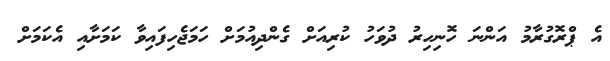
އެ ޕްރޮގުރާމު އަންނަ ހޮނިހިރު ދުވަހު ކުރިއަށް ގެންދިއުމަށް ހަމަޖެހިފައިވާ ކަމަށާއި އެކަމަށް